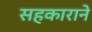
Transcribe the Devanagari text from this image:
सहकाराने